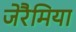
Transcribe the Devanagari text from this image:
जेरैमिया